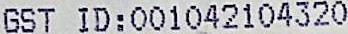
GST ID: 001042104320